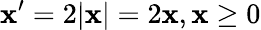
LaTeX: \mathbf{x}^{\prime}=2|\mathbf{x}|=2\mathbf{x},\mathbf{x}\geq0